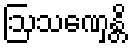
ဩသဏှေန္တိ